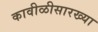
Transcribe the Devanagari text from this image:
कावीळीसारख्या